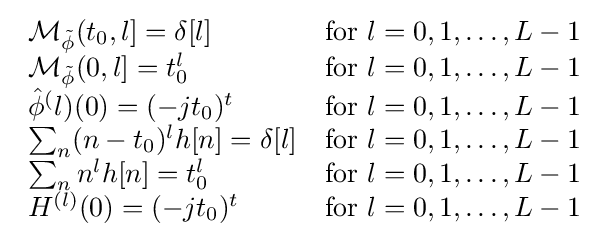
{\begin{array}{lcl}{\mathcal {M_{\tilde {\phi }}}}(t_{0},l]=\delta [l]&{\text{for }}l=0,1,\ldots ,L-1\\{\mathcal {M_{\tilde {\phi }}}}(0,l]=t_{0}^{l}&{\text{for }}l=0,1,\ldots ,L-1\\{\hat {\phi }}^{(}l)(0)=(-jt_{0})^{t}&{\text{for }}l=0,1,\ldots ,L-1\\\sum _{n}(n-t_{0})^{l}h[n]=\delta [l]&{\text{for }}l=0,1,\ldots ,L-1\\\sum _{n}n^{l}h[n]=t_{0}^{l}&{\text{for }}l=0,1,\ldots ,L-1\\H^{(l)}(0)=(-jt_{0})^{t}&{\text{for }}l=0,1,\ldots ,L-1\\\end{array}}